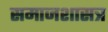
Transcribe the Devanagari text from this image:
समाजशासत्र